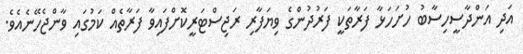
އަދި އަންދާސީހިސާބު ހުށަހަޅާ ފަރާތަކީ ފަރުދުންގެ ވިޔަފާރި ރަޖިސްޓަރީކޮށްފައިވާ ފަރާތެއް ކަމުގައި ވާންޖެހޭނެއެވެ.